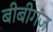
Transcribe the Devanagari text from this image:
बीबीगंज